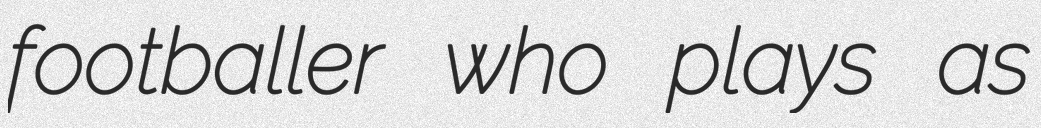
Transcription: footballer who plays as